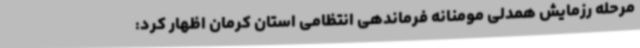
مرحله رزمایش همدلی مومنانه فرماندهی انتظامی استان کرمان اظهار کرد: